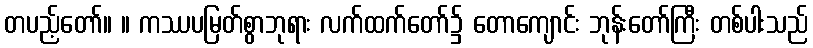
တပည့်တော်။ ။ ကဿပမြတ်စွာဘုရား လက်ထက်တော်၌ တောကျောင်း ဘုန်းတော်ကြီး တစ်ပါးသည်